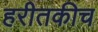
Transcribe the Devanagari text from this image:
हरीतकीच